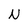
Character: N